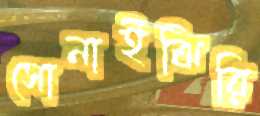
সোনাইঝিরি